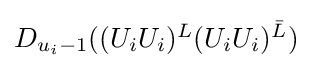
{\textstyle D_{u_{i}-1}((U_{i}U_{i})^{L}(U_{i}U_{i})^{\bar {L}})}